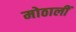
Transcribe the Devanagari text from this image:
मोठालीं